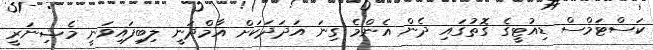
ކަސްޓަމްސް ޑިއުޓީގެ ގޮތުގައި ދެން އެންމެ ގިނަ އަދަދަކަށް އާމްދަނީ ލިބިފައިވަނީ މެޝިނަރީ